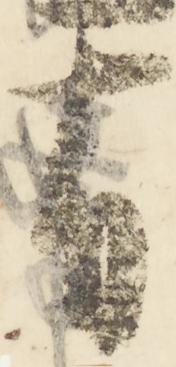
有